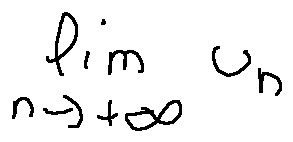
\lim \limits _ { n \rightarrow + \infty } u _ { n }